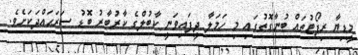
މީޑިޔާ ރިޕޯޓުތައް ބުނާގޮތުގައި މި ހަމަލާ ދީފައިވަނީ ކާބުލްގެ ކާރުބާރު ބޮޑު ސަރަޙައްދަކަށެވެ.